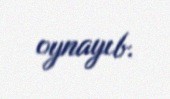
oynayıb.